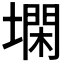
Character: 𰊨